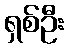
ရှစ်ဦး